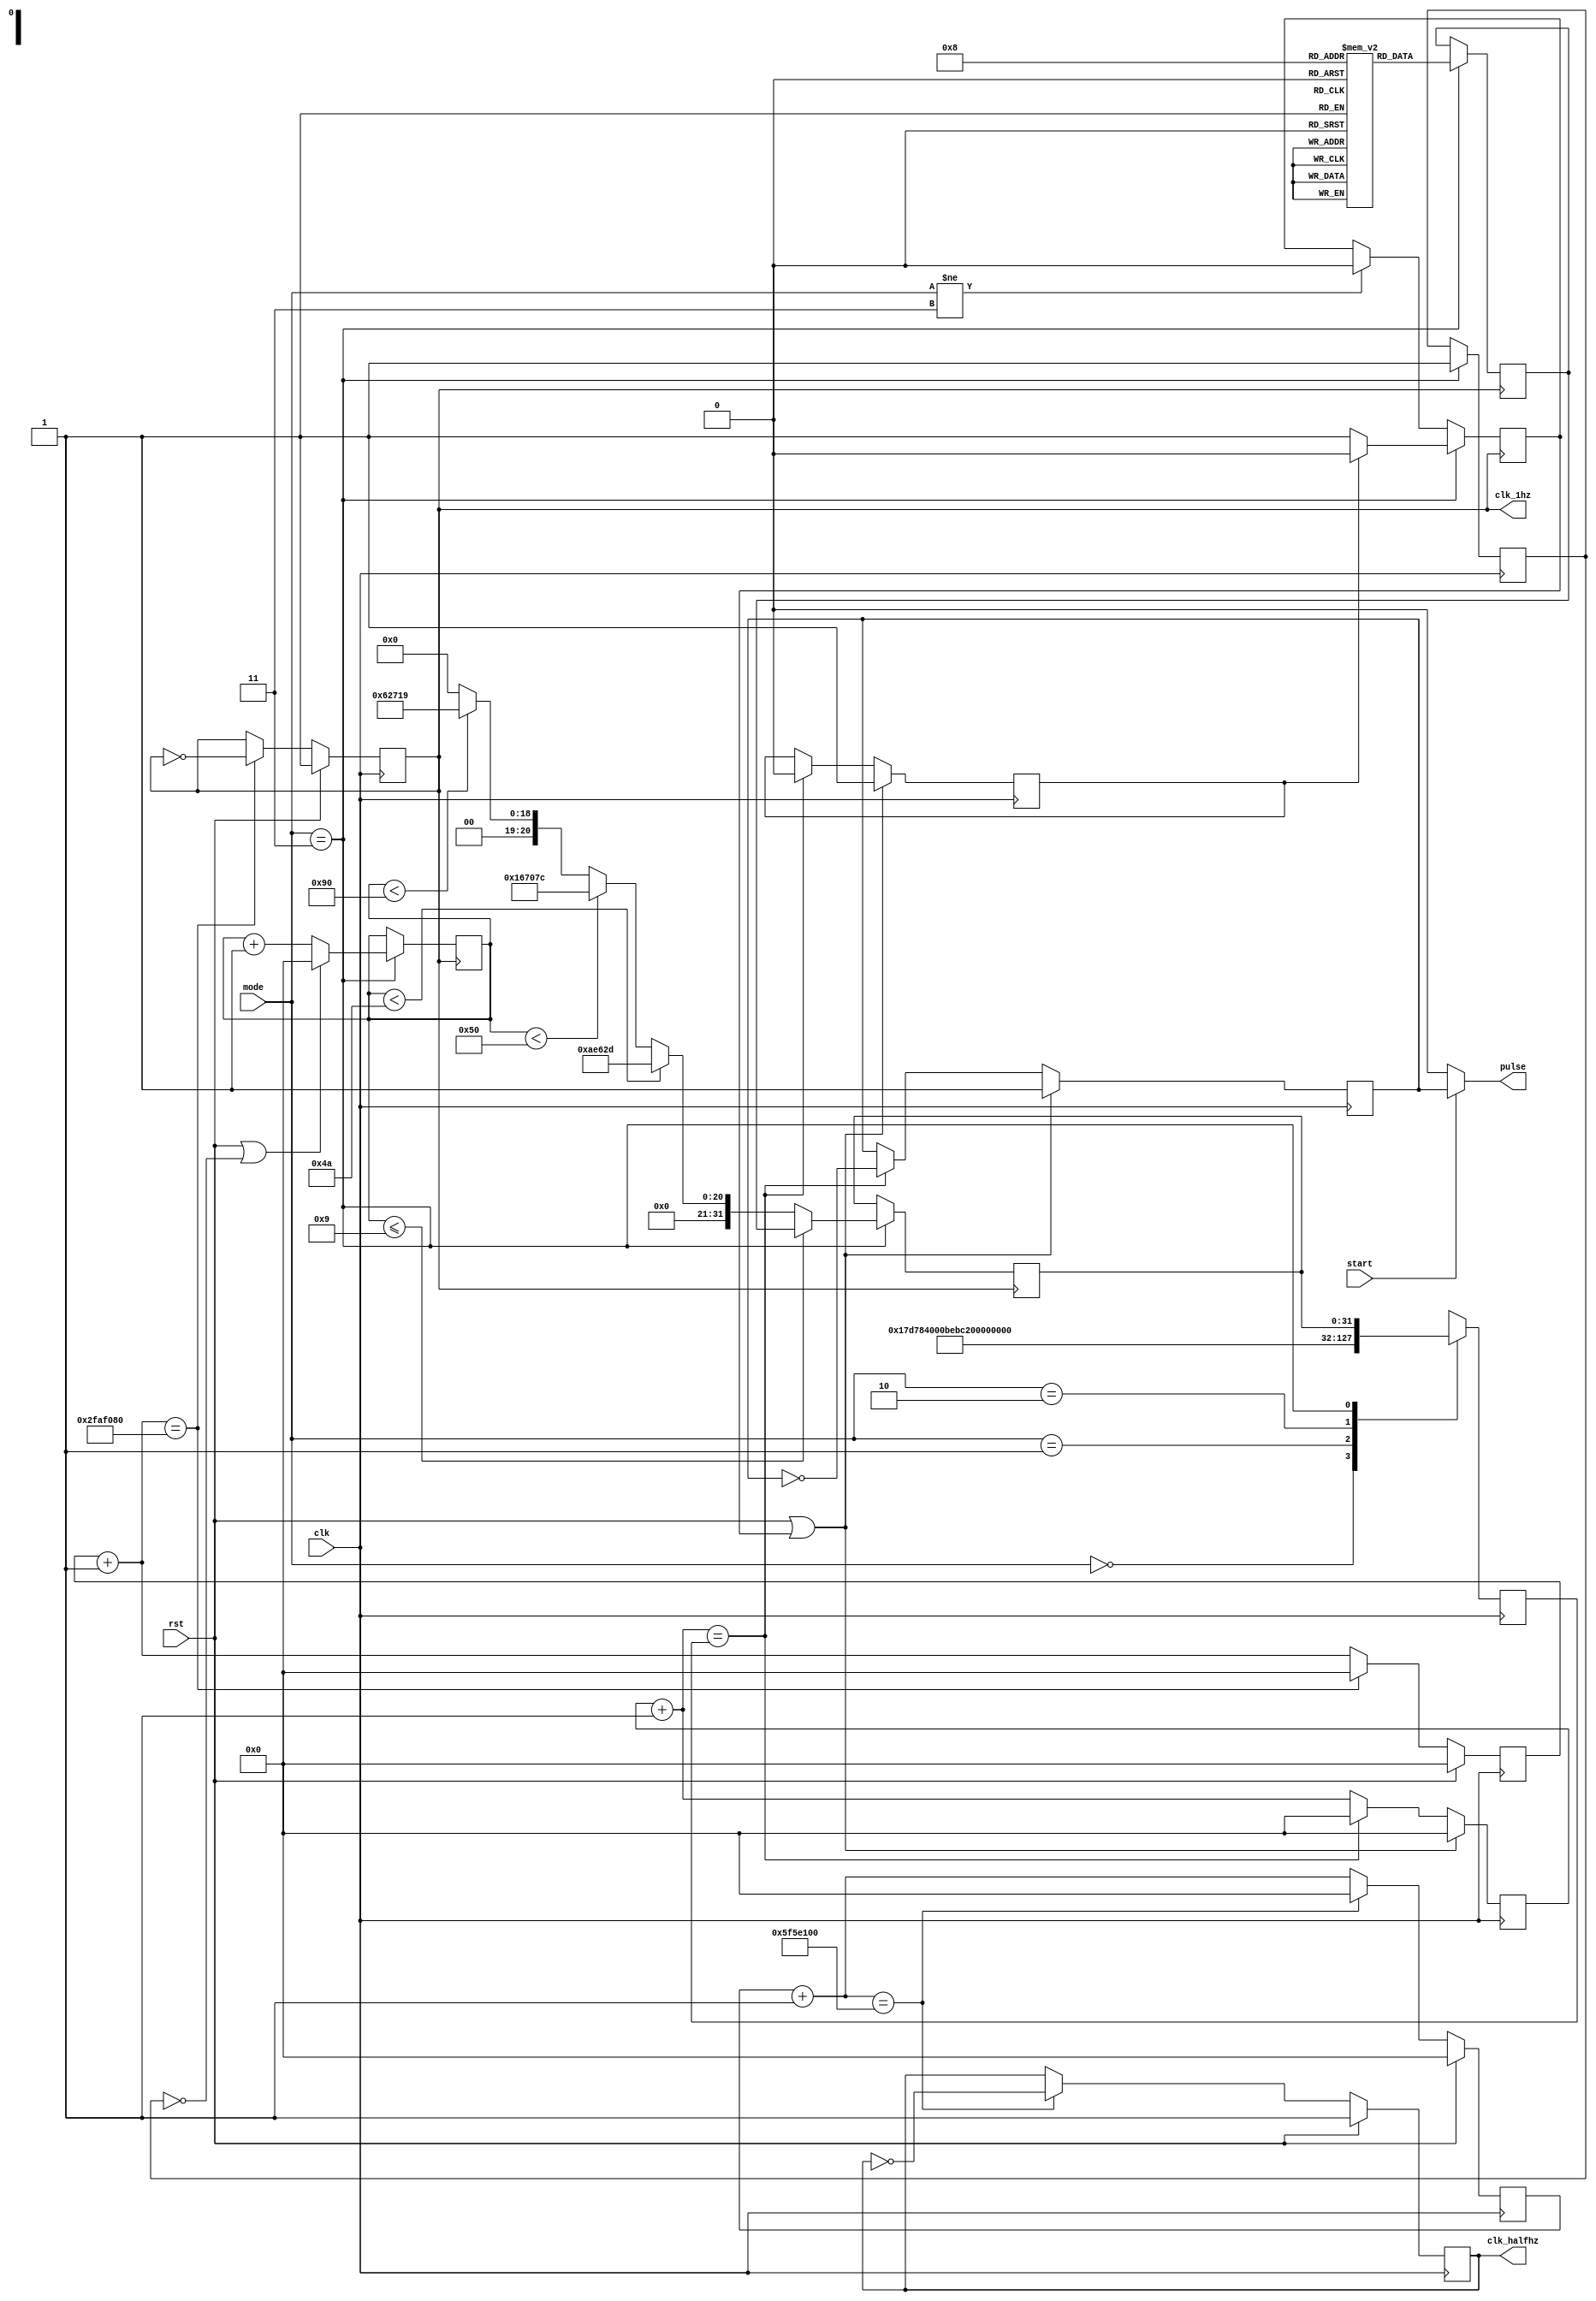
module pulse_gen_clk_div(clk,rst,start,mode, pulse, clk_1hz, clk_halfhz); 
input clk, rst, start; 
input [1:0] mode; 
output pulse, clk_1hz, clk_halfhz; 

reg [31:0] clk_var, hybrid;  
reg [31:0] r_reg, r_reg_1hz, r_reg_halfhz;
wire [31:0] r_nxt, r_nxt_1hz, r_nxt_halfhz;
reg clk_track, clk_track_1hz, clk_track_halfhz;
reg [31:0] hybrid_array [10:0]; 
reg [31:0] hybrid_cnt; 
reg [31:0] hybrid_loop; 
reg [7:0] i; 
reg hybrid_sig; 
reg hybrid_rst, hybrid_rst_clr; 


initial 
begin 
hybrid_array[0] <= 64'd2500000; // 20hz 
hybrid_array[1] <= 64'd1470588; //33 ~ 34hz 
hybrid_array[2] <= 64'd757575; //66hz 
hybrid_array[3] <= 64'd1923076; //27 ~ 26hz 
hybrid_array[4] <= 64'd714285; //70hz
hybrid_array[5] <= 64'd1666666; //30hz 
hybrid_array[6] <= 64'd2500000; //19 ~ 20hz 
hybrid_array[7] <= 64'd1666666; //30hz  
hybrid_array[8] <= 64'd1470588; //33 ~ 34hz 
hybrid <=0; 
hybrid_cnt <=0; 
hybrid_loop <= 0; 
i <= 0; 
hybrid_sig <= 0; 
hybrid_rst <= 0; 
hybrid_rst_clr <= 0; 


end 

// choose output based on mode 
//INPUT mode 
//OUTPUT correct clk_var to varialbe clk generator 
always @(posedge clk)
begin 
case (mode)
	2'b00: begin clk_var <= 64'd1562500;  end //32hz 
	2'b01: begin clk_var <= 64'd781250;  end  //64hz 
	2'b10: begin clk_var <= 64'd390625;  end  //128hz  
	2'b11: begin 
			clk_var <= hybrid;
			hybrid_sig <=1; 
		   end 
endcase
end 


//varilabe clk generate
//INPUTclk_var 
//OUTPUT clk divided by (clk_var * 2) = pulse 
 assign r_nxt = r_reg+1;   	      
 assign pulse = (start == 1)? clk_track : 1'b0;
 
always @(posedge clk)
begin
  if (rst || hybrid_rst)
     begin
        r_reg <= 0;
	    clk_track <= 1'b1;
	    hybrid_rst_clr <= 1'b1; 
     end
 
  else if (r_nxt == clk_var)
 	   begin
	     hybrid_rst_clr <= 1'b0; 
	     r_reg <= 0;
	     clk_track <= ~clk_track;
	   end
 
  else 
      r_reg <= r_nxt;
end



//hybrid generate 

always @(posedge clk_1hz)
begin 

if(mode != 2'b11) hybrid_rst<= 0; 

if(mode == 2'b11)
begin 

if(rst == 1 || hybrid_sig == 0) begin hybrid_cnt <= 0; i<= 0; hybrid_rst <= 1; end 
else hybrid_cnt <= hybrid_cnt +1; 

if(hybrid_cnt <= 9) begin hybrid <= hybrid_loop; end
else if(hybrid_cnt < 74) begin hybrid <= 64'd714285; end //70hz
else if(hybrid_cnt < 80) begin hybrid <= 64'd1470588; end //34hz 
else if(hybrid_cnt < 144) begin hybrid <= 64'd403225; end //124hz 
else hybrid <= 0; //TODO if hyrbid == 0 don't output anything 

for(i = 0 ; i < 8'd9; i = i + 1)
begin 
hybrid_loop <= hybrid_array[i];
if(hybrid_rst_clr == 1'b1) hybrid_rst <= 1'b0;
else hybrid_rst <= 1'b1;   
end 

end 

end 




//1Hz clk div
//INPUT clk system 100MHz 
//OUTPUT clk 1hz signal always 
 assign r_nxt_1hz = r_reg_1hz+1;   	      
 assign clk_1hz =  clk_track_1hz; 

always @(posedge clk)
begin 
  if (rst)
     begin
        r_reg_1hz <= 0;
	clk_track_1hz <= 1'b1;
     end
 
  else if (r_nxt_1hz == 64'd50000000) //1hz
 	   begin
	     r_reg_1hz <= 0;
	     clk_track_1hz <= ~clk_track_1hz;
	   end
 
  else 
      r_reg_1hz <= r_nxt_1hz;
end 

//half Hz clk div
//INPUT clk system 100MHz 
//OUTPUT clk halfhz signal always 
 assign r_nxt_halfhz = r_reg_halfhz+1;   	      
 assign clk_halfhz =  clk_track_halfhz; 

always @(posedge clk)
begin 
  if (rst)
     begin
        r_reg_halfhz <= 0;
	clk_track_halfhz <= 1'b1;
     end
 
  else if (r_nxt_halfhz == 64'd100000000) //hlafhz
 	   begin
	     r_reg_halfhz <= 0;
	     clk_track_halfhz <= ~clk_track_halfhz;
	   end
 
  else 
      r_reg_halfhz <= r_nxt_halfhz;
end 


endmodule